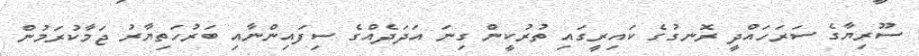
ސޫރިޔާގެ ސަރަހައްދީ ރޮނގުގެ ކައިރީގައި ތުރުކީން ގިނަ އަދަދެއްގެ ސިފައިންނާއި ބަރުހަތިޔާރު ޖަމާކުރަމުން